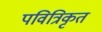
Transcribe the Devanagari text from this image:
पवित्रिकृत